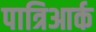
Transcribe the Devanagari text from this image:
पात्रिआर्क